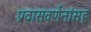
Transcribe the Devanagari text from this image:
प्रवासवर्णनांसह